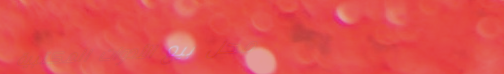
محل بيع الأدوات المكتبية